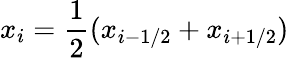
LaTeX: x_{i}=\frac{1}{2}(x_{i-1/2}+x_{i+1/2})